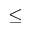
\le